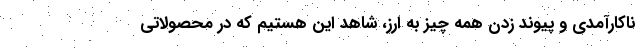
ناکارآمدی و پیوند زدن همه چیز به ارز، شاهد این هستیم که در محصولاتی